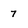
Character: 7